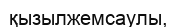
қызылжемсаулы,